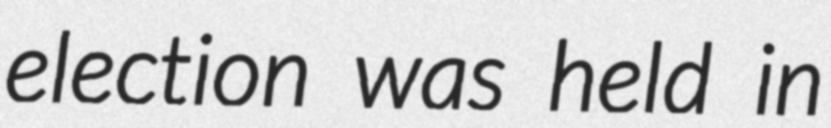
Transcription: election was held in